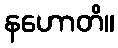
နဟောတိ။